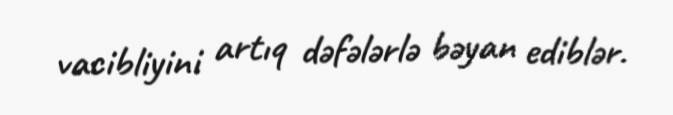
vacibliyini artıq dəfələrlə bəyan ediblər.